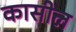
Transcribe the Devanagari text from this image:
कासील